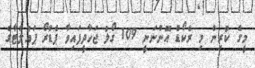
މީގެ ކުރިން މި ރެކޯޑް އޮންނަނީ 109 ގޯލު ޖަހާދީފައިވާ ޕެޑްރޯ ޕައުލެޓާގެ